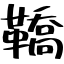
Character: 鞽